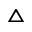
\vartriangle